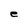
Character: e